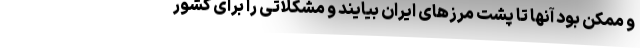
و ممکن بود آنها تا پشت مرزهای ایران بیایند و مشکلاتی را برای کشور